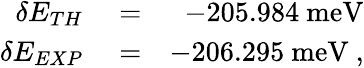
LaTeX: \begin{array}{rlr}{\delta E_{TH}}&{{}=}&{-205.984\ \mathrm{meV}}\\ {\delta E_{EXP}}&{{}=}&{-206.295\ \mathrm{meV}\ ,}\end{array}